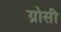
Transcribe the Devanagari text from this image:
ग्रोसी